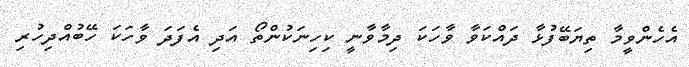
އެހެންވީމާ ތިޔަބޭފުޅާ ދައްކަވާ ވާހަކަ ދިމާވާނީ ކިހިނަކުންތޯ އަދި އެފަދަ ވާހަކަ ހޭބުއްދިހުރި